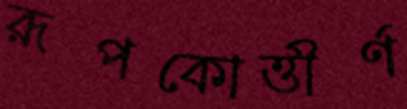
রূপকোত্তীর্ণ